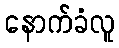
နောက်ခံလူ